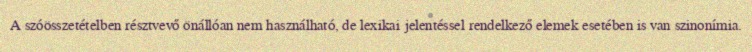
A szóösszetételben résztvevő önállóan nem használható, de lexikai jelentéssel rendelkező elemek esetében is van szinonímia.